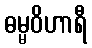
ဓမ္မဝိဟာရီ